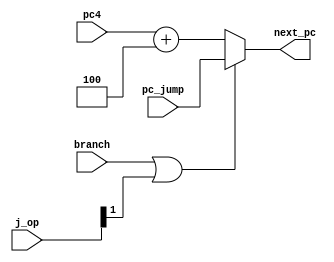
`timescale 1ns / 1ps

module npc_mux(
    input               branch,
    input       [1:0]   j_op,
    input       [31:0]  pc4,
    input       [31:0]  pc_jump,
    output reg  [31:0]  next_pc
    );
    always @(*) begin
        if (branch || j_op[1]) next_pc = pc_jump;
        else next_pc = pc4+4;
    end
endmodule